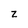
Character: Z